Leprosy in India: report of the Leprosy Commission in India, 1890-91
Year: 1890
Disease focus: Leprosy
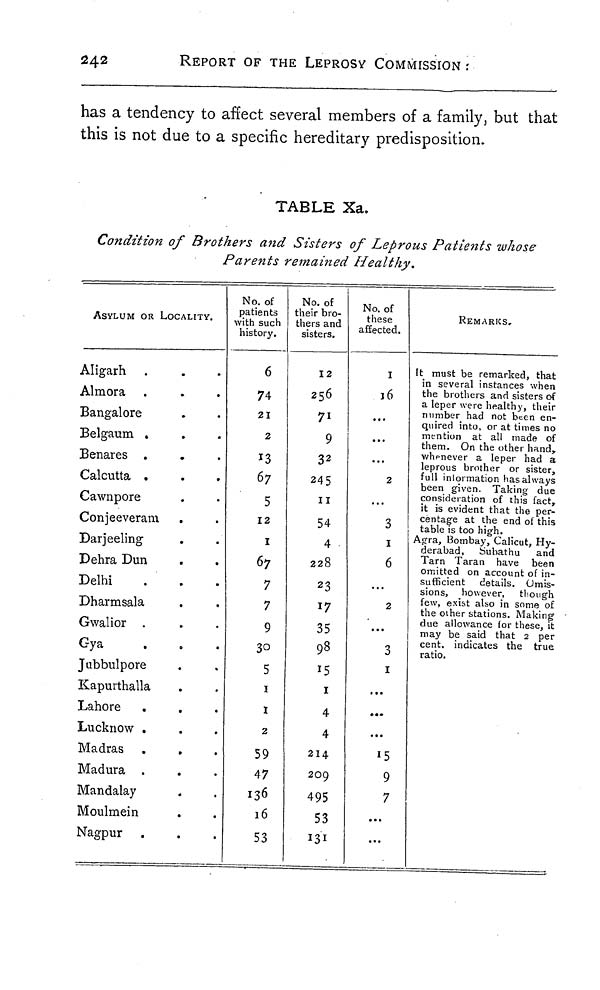
242
REPORT OF THE LEPROSY COMMISSION :
has a tendency to affect several members of a family, but that
this is not due to a specific hereditary predisposition.
TABLE Xa.
Condition of Brothers and Sisters of Leprous Patients whose
Parents remained Healthy.
ASYLUM OR LOCALITY.
Aligarh
Almora
Bangalore
Belgaum .
Benares .
Calcutta .
Cawnpore
Conjeeveram
Darjeeling
Dehra Dun
Delhi
Dharmsala
Gwalior .
Gya
Jubbulpore
Kapurthalla
Lahore
Lucknow .
Madras
Madura
Mandalay
Moulmein
Nagpur
No. of
patients
with such
history.
6
74
21
2
13
67
5
12
1
67
7
7
9
3°5
1
1
2
59
47
136
16
53
No. of
:heir bro-
thers and
sisters.
12
256
71
9
32
245
11
54
4
228
23
17
35
98
15
1
4
4
214
209
495
53
131
No. of
these
affected.
I
16
...
...
...
2
...
3
1
6
...
2
...
3
1
...
...
...
15
9
7
...
...
REMARKS.
It must be remarked, that
in several instances when
the brothers and sisters of
a leper were healthy, their
number had not been en-
quired into, or at tiroes no
mention at all made of
them. On the other hand,
whenever a leper had a
leprous brother or sister,
full information has always
been given. Taking due
consideration of this fact,
it is evident that the per-
centage at the end of this
table is too high.
Agra, Bombay, Calicut, Hy-
derabad, Subathu
and
Tarn Taran have been
omitted on account of in-
sufficient details. Omis-
sions, however, though
few, exist also in some of
the other stations. Making
due allowance for these, it
may be said that 2 per
cent. indicates the true
ratio.